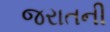
જરાતની